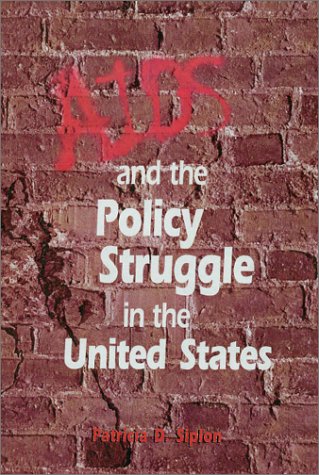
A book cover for AIDS and the Policy Struggle in the United States; Patricia Siplon; Health, Fitness & Dieting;